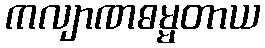
ကလျာဏဓမ္မတာယ